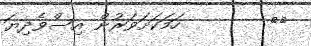
١٠        ހަމަކަށަވަރުން އިސްވެދިޔަ